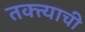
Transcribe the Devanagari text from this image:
तक्त्याची